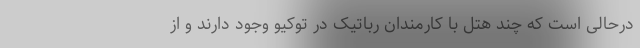
درحالی است که چند هتل با کارمندان رباتیک در توکیو وجود دارند و از